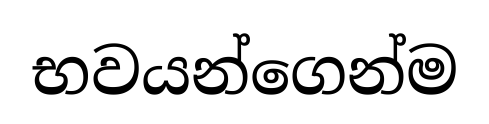
භවයන්ගෙන්ම